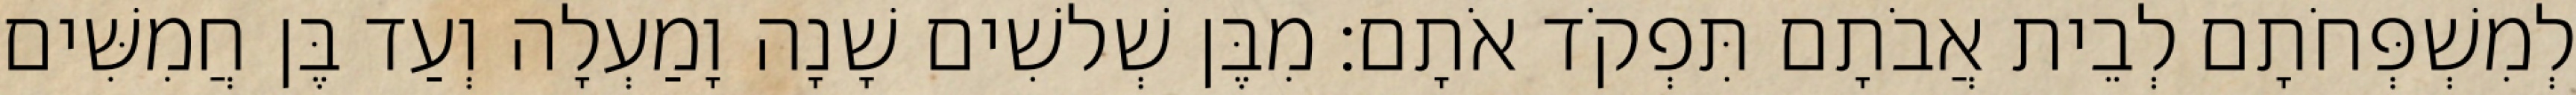
לְמִשְׁפְּחֹתָם לְבֵית אֲבֹתָם תִּפְקֹד אֹתָם׃ מִבֶּן שְׁלשִׁים שָׁנָה וָמַעְלָה וְעַד בֶּן חֲמִשִּׁים